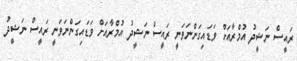
ރައީސް ނަޝީދު އުމްރާއަށް ވަޑައިގަންނަވަނީ ރައީސް ނަޝީދު އުމްރާއަށް ވަޑައިގަންނަވަނީ ރައީސް ނަޝީދު